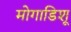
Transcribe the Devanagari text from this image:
मोगाडिशू